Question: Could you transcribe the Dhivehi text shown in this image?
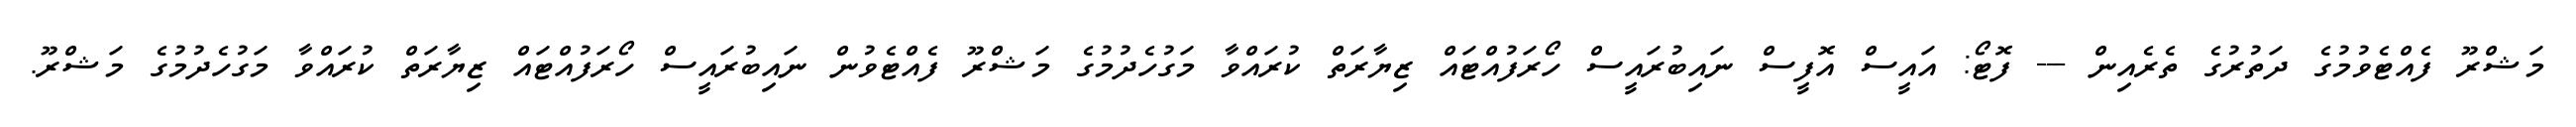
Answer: މަޝްރޫ ފެއްޓެވުމުގެ ދަތުރުގެ ތެރެއިން --- ފޮޓޯ: އައީސް އޮފީސް ނައިބުރައީސް ހޯރަފުއްޓައް ޒިޔާރަތް ކުރައްވާ މަގުހެދުމުގެ މަޝްރޫ ފެއްޓެވުން ނައިބުރައީސް ހޯރަފުއްޓައް ޒިޔާރަތް ކުރައްވާ މަގުހެދުމުގެ މަޝްރޫ.